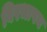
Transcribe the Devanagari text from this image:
बिरधापन